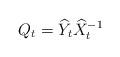
LaTeX: \begin{align*}& Q_t= \widehat Y_t \widehat X_t^{-1}\end{align*}